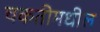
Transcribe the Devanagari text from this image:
चकतीमधील